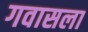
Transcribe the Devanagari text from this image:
गवासला